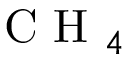
{ \mathrm { ~ C ~ H ~ } _ { 4 } }